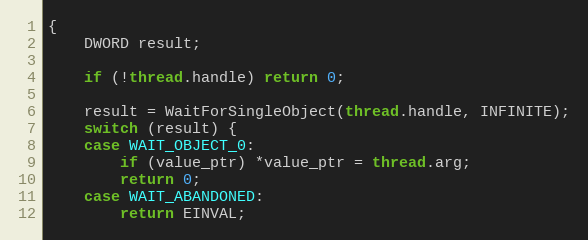
Language: C
{
    DWORD result;

    if (!thread.handle) return 0;

    result = WaitForSingleObject(thread.handle, INFINITE);
    switch (result) {
    case WAIT_OBJECT_0:
        if (value_ptr) *value_ptr = thread.arg;
        return 0;
    case WAIT_ABANDONED:
        return EINVAL;